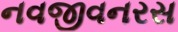
નવજીવનરસ